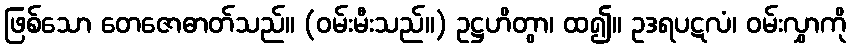
ဖြစ်သော တေဇောဓာတ်သည်။ (ဝမ်းမီးသည်။) ဥဋ္ဌဟိတွာ၊ ထ၍။ ဥဒရပဋလံ၊ ဝမ်းလွှာကို